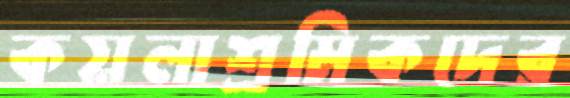
কয়লাশ্রমিকদের